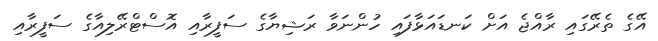
އޭގެ ތެރޭގައި ރާއްޖެ އަށް ކަނޑައަޅާފައި ހުންނަވާ ރަޝިޔާގެ ސަފީރާއި އޮސްޓްރޭލިއާގެ ސަފީރާއި